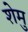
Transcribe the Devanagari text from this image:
शेमु